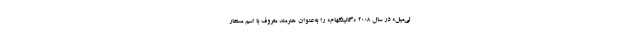
لی‌میل» در سال 2008 «گانینگهام» را به‌عنوان هنرمند معروف با اسم مستعار